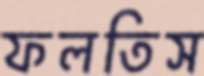
ফলতিস